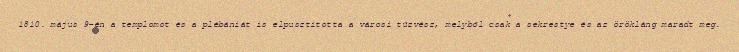
1810. május 9-én a templomot és a plébániát is elpusztította a városi tűzvész, melyből csak a sekrestye és az örökláng maradt meg.